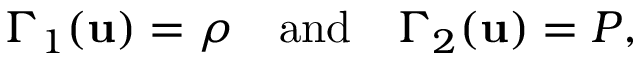
\Gamma _ { 1 } ( \mathbf { u } ) = \rho \quad \mathrm { a n d } \quad \Gamma _ { 2 } ( \mathbf { u } ) = P ,